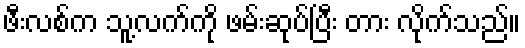
ဖီးလစ်က သူ့လက်ကို ဖမ်းဆုပ်ပြီး တား လိုက်သည်။